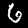
Digit: 6